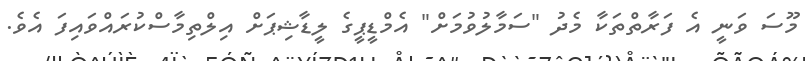
މޫސަ ވަނީ އެ ފަރާތްތަކާ މެދު "ސަމާލުވުމަށް" އެމްޑީޕީގެ ލީޑާޝިިޕަށް އިިލްތިމާސްކުރައްވައިފަ އެވެ.